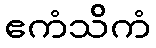
ဧကံသိကံ